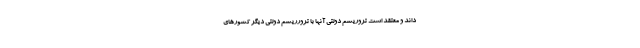
داند و معتقد است تروریسم دولتی آنها با ترورریسم دولتی دیگر کشورهای